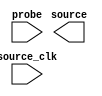
// megafunction wizard: %In-System Sources and Probes%VBB%
// GENERATION: STANDARD
// VERSION: WM1.0
// MODULE: altsource_probe 

// ============================================================
// Megafunction Name(s):
// 			altsource_probe
//
// Simulation Library Files(s):
// 			
// ============================================================
// ************************************************************
// THIS IS A WIZARD-GENERATED FILE. DO NOT EDIT THIS FILE!
//
// 16.1.2 Build 203 01/18/2017 SJ Standard Edition
// ************************************************************

//Copyright (C) 2017  Intel Corporation. All rights reserved.
//Your use of Intel Corporation's design tools, logic functions 
//and other software and tools, and its AMPP partner logic 
//functions, and any output files from any of the foregoing 
//(including device programming or simulation files), and any 
//associated documentation or information are expressly subject 
//to the terms and conditions of the Intel Program License 
//Subscription Agreement, the Intel Quartus Prime License Agreement,
//the Intel MegaCore Function License Agreement, or other 
//applicable license agreement, including, without limitation, 
//that your use is for the sole purpose of programming logic 
//devices manufactured by Intel and sold by Intel or its 
//authorized distributors.  Please refer to the applicable 
//agreement for further details.

module hps_reset (
	probe,
	source_clk,
	source);

	input	  probe;
	input	  source_clk;
	output	[2:0]  source;

endmodule

// ============================================================
// CNX file retrieval info
// ============================================================
// Retrieval info: PRIVATE: INTENDED_DEVICE_FAMILY STRING "Cyclone V"
// Retrieval info: LIBRARY: altera_mf altera_mf.altera_mf_components.all
// Retrieval info: CONSTANT: ENABLE_METASTABILITY STRING "YES"
// Retrieval info: CONSTANT: INSTANCE_ID STRING "RST"
// Retrieval info: CONSTANT: PROBE_WIDTH NUMERIC "0"
// Retrieval info: CONSTANT: SLD_AUTO_INSTANCE_INDEX STRING "YES"
// Retrieval info: CONSTANT: SLD_INSTANCE_INDEX NUMERIC "0"
// Retrieval info: CONSTANT: SOURCE_INITIAL_VALUE STRING " 0"
// Retrieval info: CONSTANT: SOURCE_WIDTH NUMERIC "3"
// Retrieval info: USED_PORT: probe 0 0 0 0 INPUT NODEFVAL "probe"
// Retrieval info: USED_PORT: source 0 0 3 0 OUTPUT NODEFVAL "source[2..0]"
// Retrieval info: USED_PORT: source_clk 0 0 0 0 INPUT NODEFVAL "source_clk"
// Retrieval info: CONNECT: @probe 0 0 0 0 probe 0 0 0 0
// Retrieval info: CONNECT: @source_clk 0 0 0 0 source_clk 0 0 0 0
// Retrieval info: CONNECT: source 0 0 3 0 @source 0 0 3 0
// Retrieval info: GEN_FILE: TYPE_NORMAL hps_reset.v TRUE
// Retrieval info: GEN_FILE: TYPE_NORMAL hps_reset.inc FALSE
// Retrieval info: GEN_FILE: TYPE_NORMAL hps_reset.cmp FALSE
// Retrieval info: GEN_FILE: TYPE_NORMAL hps_reset.bsf FALSE
// Retrieval info: GEN_FILE: TYPE_NORMAL hps_reset_inst.v FALSE
// Retrieval info: GEN_FILE: TYPE_NORMAL hps_reset_bb.v TRUE